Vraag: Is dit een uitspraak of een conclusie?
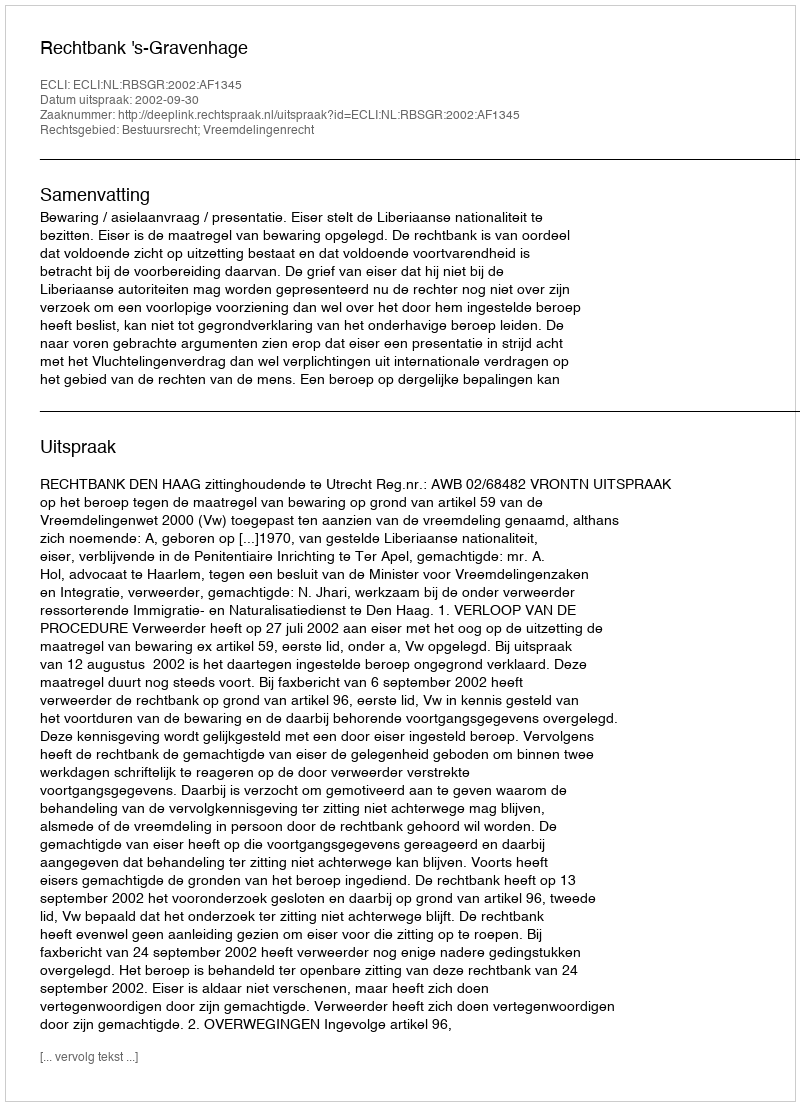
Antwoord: Uitspraak